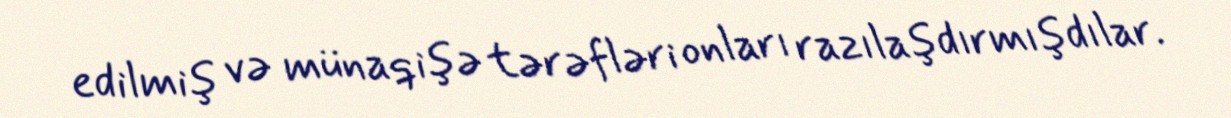
edilmiş və münaqişə tərəfləri onları razılaşdırmışdılar.